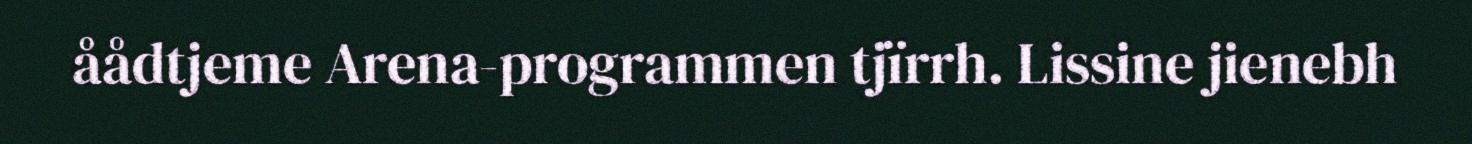
åådtjeme Arena-programmen tjïrrh. Lissine jienebh